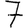
Digit: 7